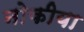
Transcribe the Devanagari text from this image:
नोकीया